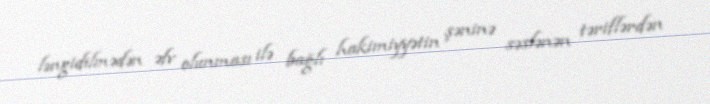
ləngidilmədən əfv olunması ilə bağlı hakimiyyətin şəninə səslənən təriflərdən